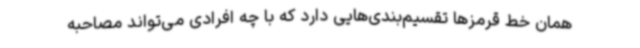
همان خط قرمزها تقسیم‌بندی‌هایی دارد که با چه افرادی می‌تواند مصاحبه